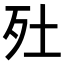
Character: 𣧅